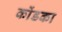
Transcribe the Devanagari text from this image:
कोंडका